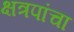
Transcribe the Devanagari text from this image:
क्षत्रपांचा